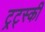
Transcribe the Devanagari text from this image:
ट्रट्स्की